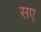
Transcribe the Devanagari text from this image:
सए